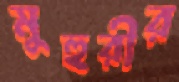
মুহুরীর